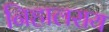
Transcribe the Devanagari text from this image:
निहालराय